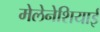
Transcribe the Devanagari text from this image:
मेलेनेशियाई